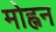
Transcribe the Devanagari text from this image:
मोह्नन